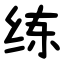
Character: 练